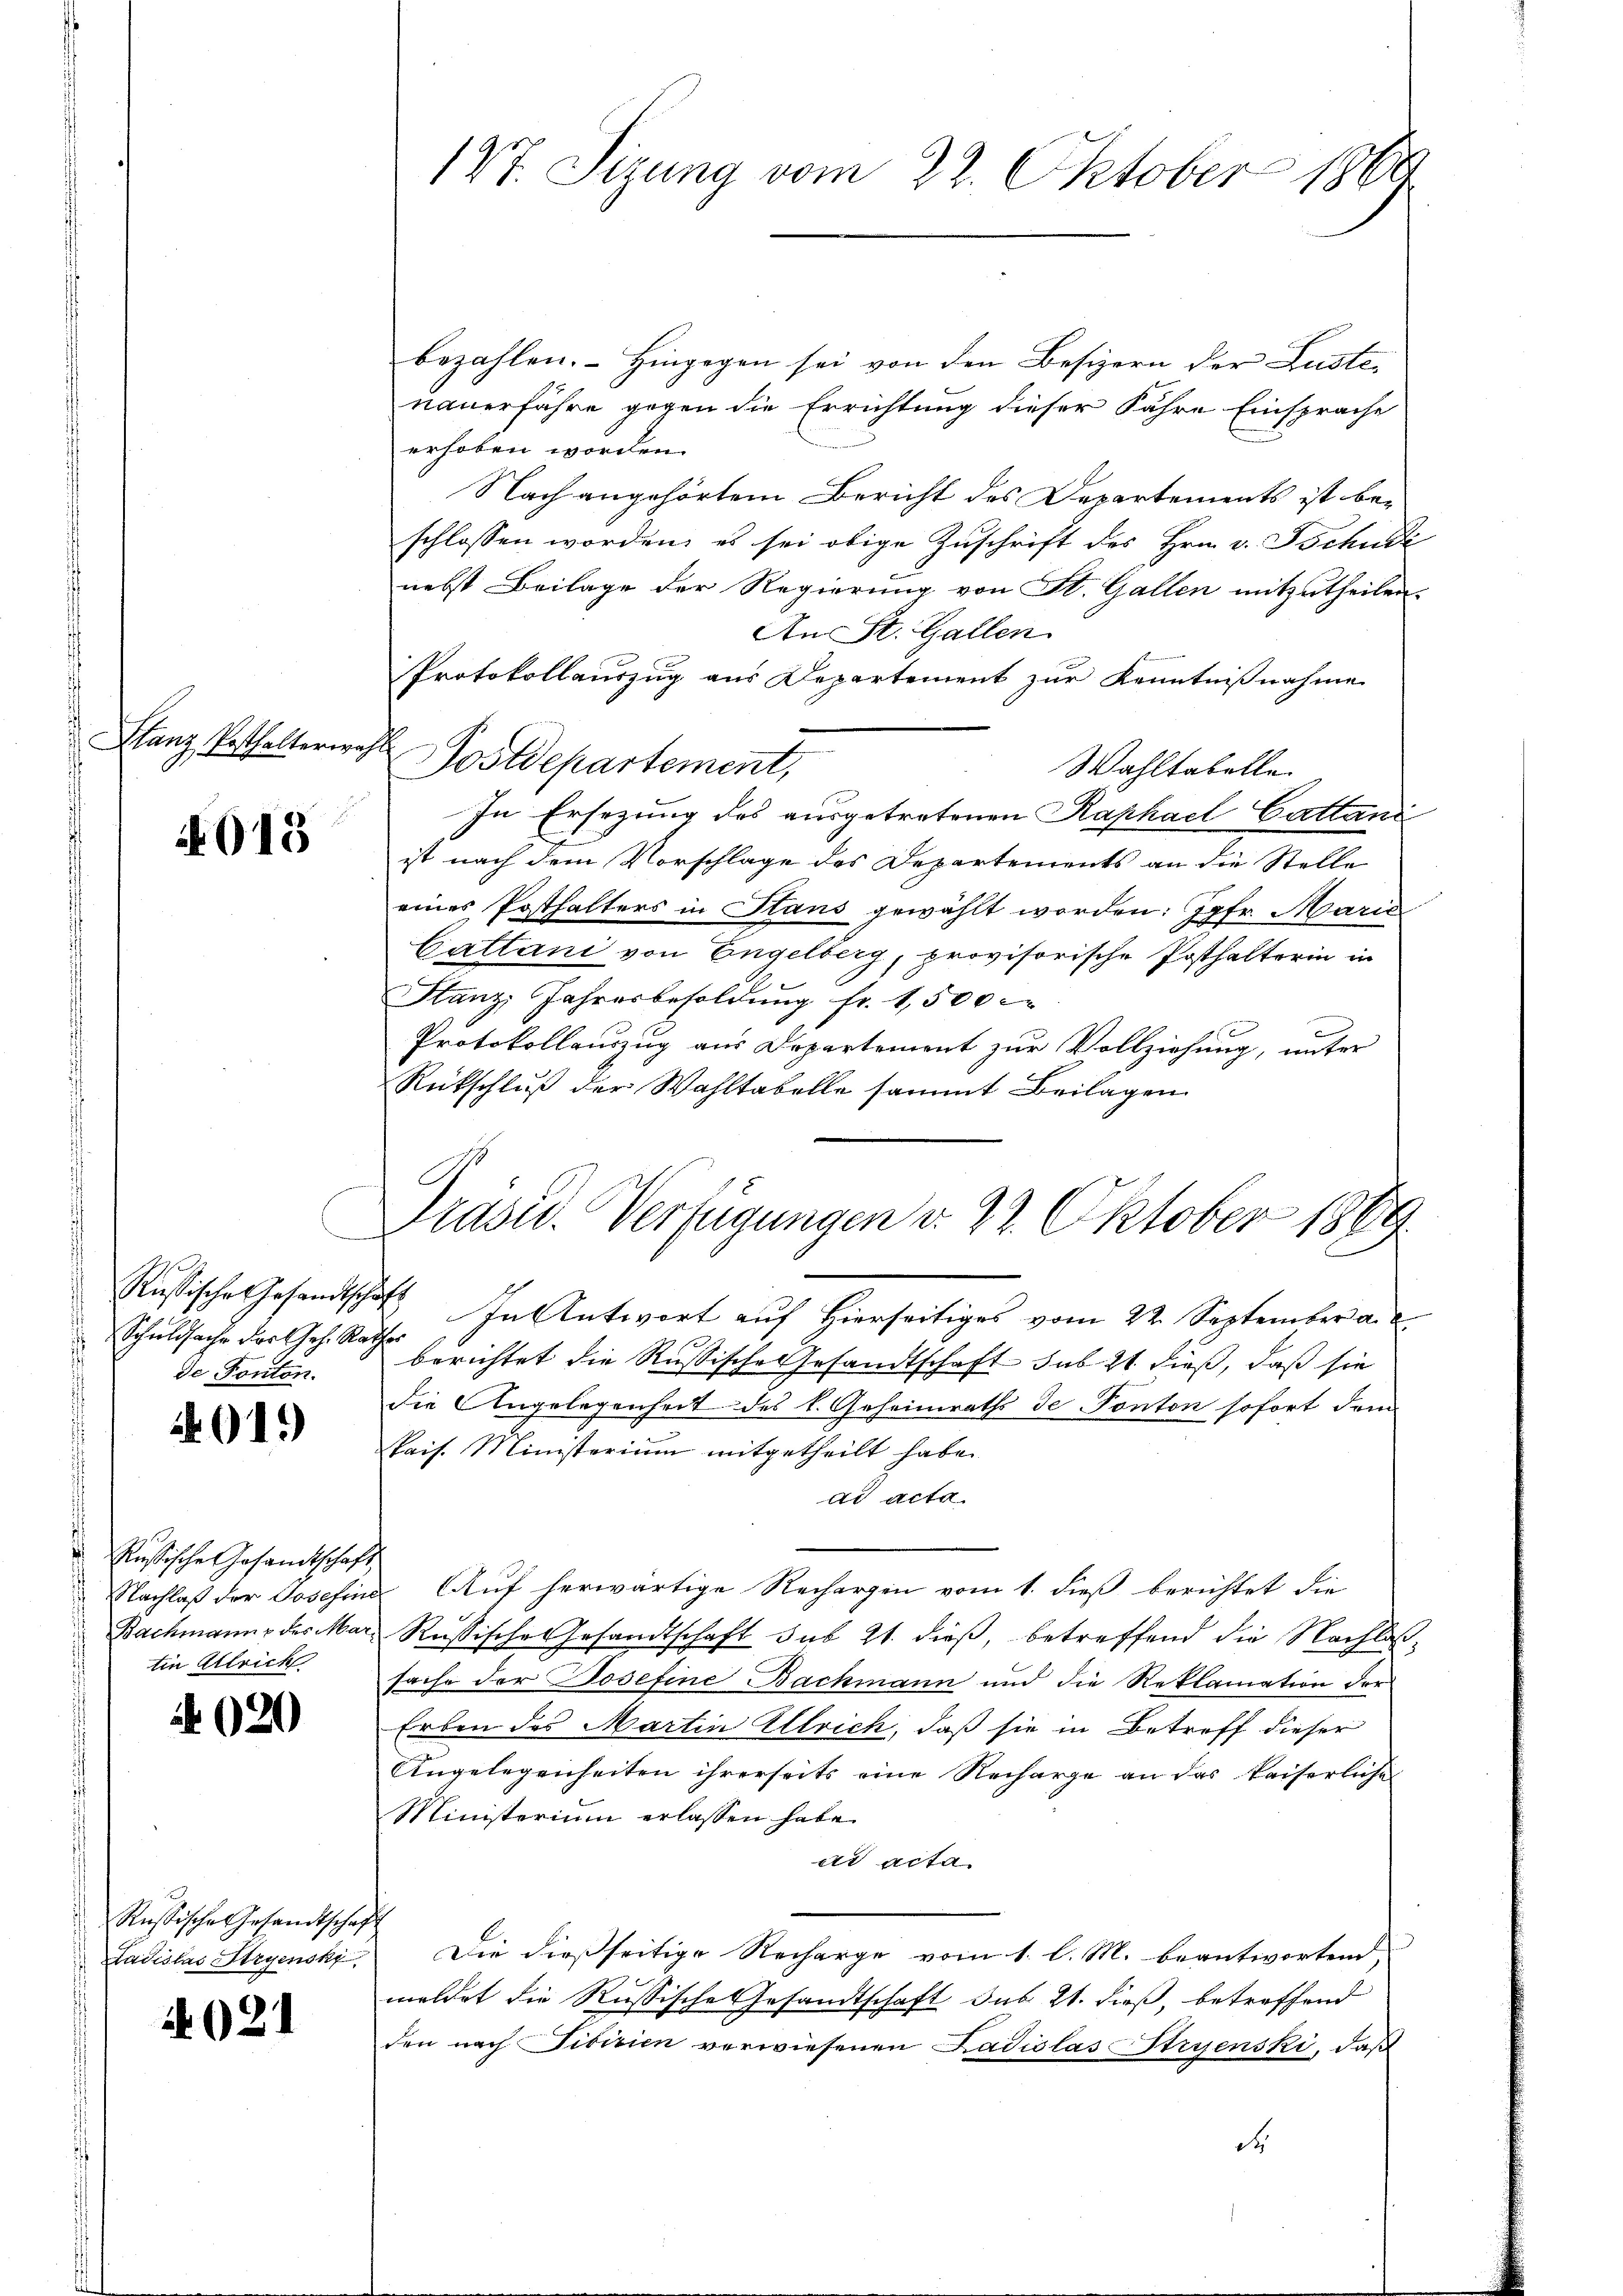
Glanz Posthalterwahl

015

Rußische Gesandtschaft
Schuldsache des Ges. Ra
s
de Ponton.

019)

Russische Gesandtschaf
Nachlaß der Josefin
Bachmanns des Ma
tin Alleich

A 020

Russische Gesandtscha
Ladislas Stryenski

4021

177. Sizung vom 22. Oktober 1860

bezahlen. Hingegen sei von den Besizern der Lustenauerfahre gegen die Errichtung dieser Jahre Einsprache
erhoben worden.
Nach angehörtem Bericht des Departements ist beschlossen worden, es sei obige Zuschrift des Hrn. v. Tschul
nebst Beilage der Regierung von St. Gallen mitzutheilen.
An St. Gallen.
Protokollauszug aus Departement zur Kenntnißnahme
Postdepartement,
Wahltabelle
In Ersezung des ausgetretenen Raphael Cattani
ist nach dem Vorschlage des Departements an die Stelle
eines Posthalters in Hans gewählt worden: Jgfr. Marie
Cattani von Engelberg, provisorische Posthalterin in
Stanz, Jahresbesoldŭng fr. 1,500
Protokollauszug aus Departement zur Vollziehung, unter
Rückschlŭβ der Wahltabelle sammt Beilagen

Prasid. Verfügungen d. 22. Oktober 1869

E. In Antwort auf Hierseitiges vom 22. September a.
berichtet die Russische Gesandtschaft sub 2t dieß, daß sie
die Angelegenheit des k. Geheimraths de Ponton sofort dem
Pais. Ministerium mitgetheilt habe.
ad acta
 Auf herwärtige Rechargen vom 1. dieß berichtet die
u Russische Gesandtschaft sub 21. dieß, betreffend die Nachlaßsache der Josefine Backmann und die Reklamation der
Erben des Martin Ellrich, daß sie in Betreff dieser
Angelegenheiten ihrerseits eine Recharge an das Kaiserliche
Ministerium erlassen habe.
ad acta
h
Die dießseitige Recharge vom 1. l. M. beantwortend
meldet die Russische Gesandtschaft sub 21. dieß, betreffend
den nach Tibizien verwiesenen Ladislas Stryenski, daß
d